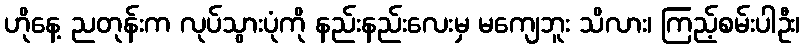
ဟိုနေ့ ညတုန်းက လုပ်သွားပုံကို နည်းနည်းလေးမှ မကျေဘူး သိလား၊ ကြည့်စမ်းပါဦး၊